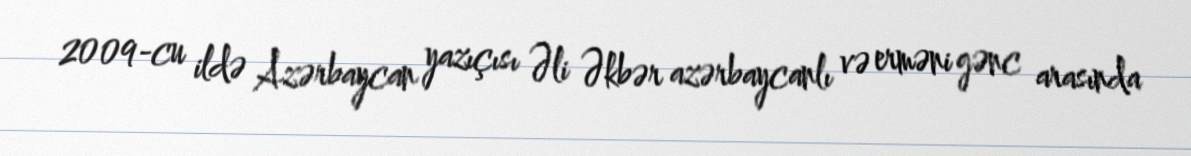
2009-cu ildə Azərbaycan yazıçısı Əli Əkbər azərbaycanlı və erməni gənc arasında